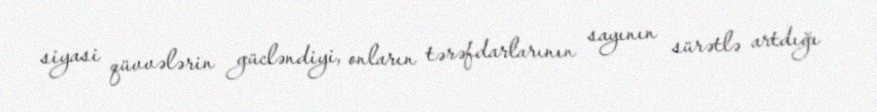
siyasi qüvvələrin gücləndiyi, onların tərəfdarlarının sayının sürətlə artdığı